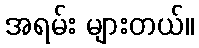
အရမ်း များတယ်။